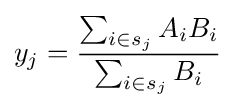
y_{j}={\frac {\sum _{i\in s_{j}}A_{i}B_{i}}{\sum _{i\in s_{j}}B_{i}}}